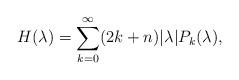
LaTeX: \begin{align*}H(\lambda) = \sum_{k=0}^\infty (2k+n)|\lambda| P_k(\lambda),\end{align*}